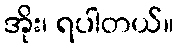
အိုး၊ ရပါတယ်။